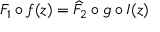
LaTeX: F _ { 1 } \circ f ( z ) = \widehat { F } _ { 2 } \circ g \circ I ( z )